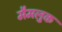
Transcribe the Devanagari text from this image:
मैमलुक